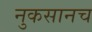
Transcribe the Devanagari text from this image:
नुकसानच